Annual administration and progress report of the Indian Medical Department, Bombay
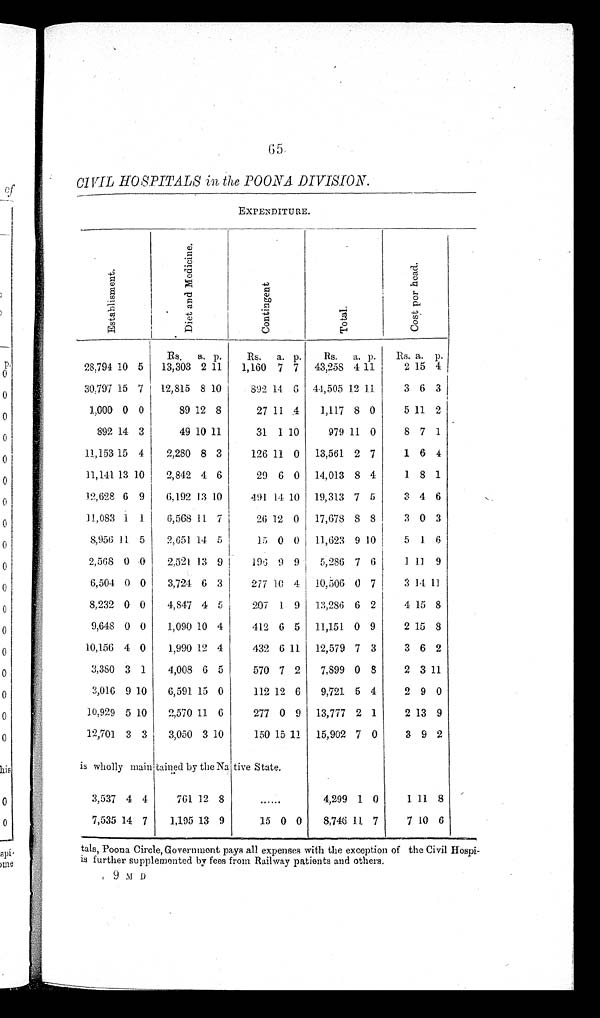
CIVIL HOSPITALS in the POONA DIVISION.
EXPENDITURE.
E s t a b l i s h m e n t .
D i e t a n d M e d i c i n e .
C o n t i n g e n t .
T o t a l .
C o s t p e r h e a d .
Rs.
a. p.
Rs.
a. p.
Rs.
a. p.
Rs. a. p.
28,794 10 5
13,303 2 11
1,160 7 7
43,258 4 11
2 15 4 1
30,797 15 7
12,815 8 10
892 14
6 44,505 12
1 1
3 6 3
1,000 0 0
89 12 8
27 11 4
1,117 8 0
5 11 2
892 14 3
49 10 11
31 1 10
979 11 0
8 7 1
11,153 15 4
2,280 8 3
126 11 0
13,561 2 7
1 6 4
11,141 13 10
2,842 4 6
29 6 0
14,013 8 4
l 8 1
12,628 6 9
6,192 13 10
491 14 10 19,313 7 5
3 4 6
11,083 1 1
6,568 11. 7
26 12 0
17,678 8 8
3 0 3
8,956 11 5
2,651 14 5
15 0 0
11,623 9 10
5 1 6
2,568 0 0
2,521 13 9
196 9 9
5,286 7
6
1 11 9
6,504 0 0
3,724 6 3
277 10 4
10,506 0 7
3 14 11
8,232 0 0
4,847 4 5
207 1 9
1 3 , 2 8 6
6 2
4 15 8
9,648 0 0
1,090 10 4
412 6 5
11,151 0 9
2 15 8
10,156 4 0
1,990 12 4
432
6 11
12,579 7 3
3 6 2
3,380 3 1
4,008 6 5
570 7 2
7,899 0 8
2 3 11
3,016 9 10
6,591 15 0
112 12 6
9,721 5 4
2 9 0
10,929 5 10
2,570 11 6
277 0 9 13,777 2 1
2 13 9
12,701 3 3
3,050 3 10
150 15 11
15,902 7 0
3 9 2
is wholly main tained by the Na tive State.
3,537 4 4
761 12 8
......
4,299 1 0
1 11 8
7,535 14 7
1,195 13 9
15 0 0
8,746 1 1 7
7 10 6
tals, Poona Circle, Government pays all expenses with the exception of the Civil Hospi-
is further supplemented by fees from Railway patients and others.
9 M D